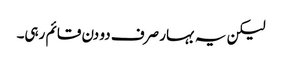
لیکن یہ بہار صرف دو دن قائم رہی۔